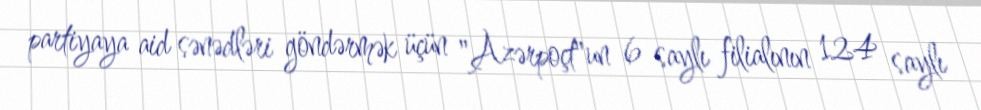
partiyaya aid sənədləri göndərmək üçün "Azərpoçt"un 6 saylı filialının 124 saylı